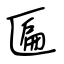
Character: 匾